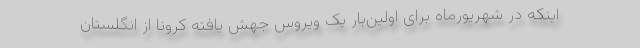
اینکه در شهریورماه برای اولین‌بار یک ویروس جهش یافته کرونا از انگلستان